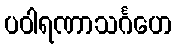
ပဝါရဏာသင်္ဂဟေ